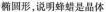
椭圆形，说明蜂蜡是晶体